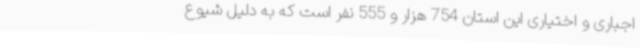
اجباری و اختیاری این استان 754 هزار و 555 نفر است که به دلیل شیوع